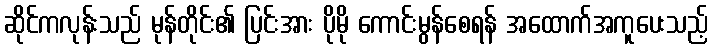
ဆိုင်ကလုန်းသည် မုန်တိုင်း၏ ပြင်းအား ပိုမို ကောင်းမွန်စေရန် အထောက်အကူပေးသည့်